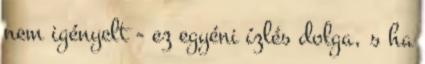
nem igényelt - ez egyéni ízlés dolga, s ha